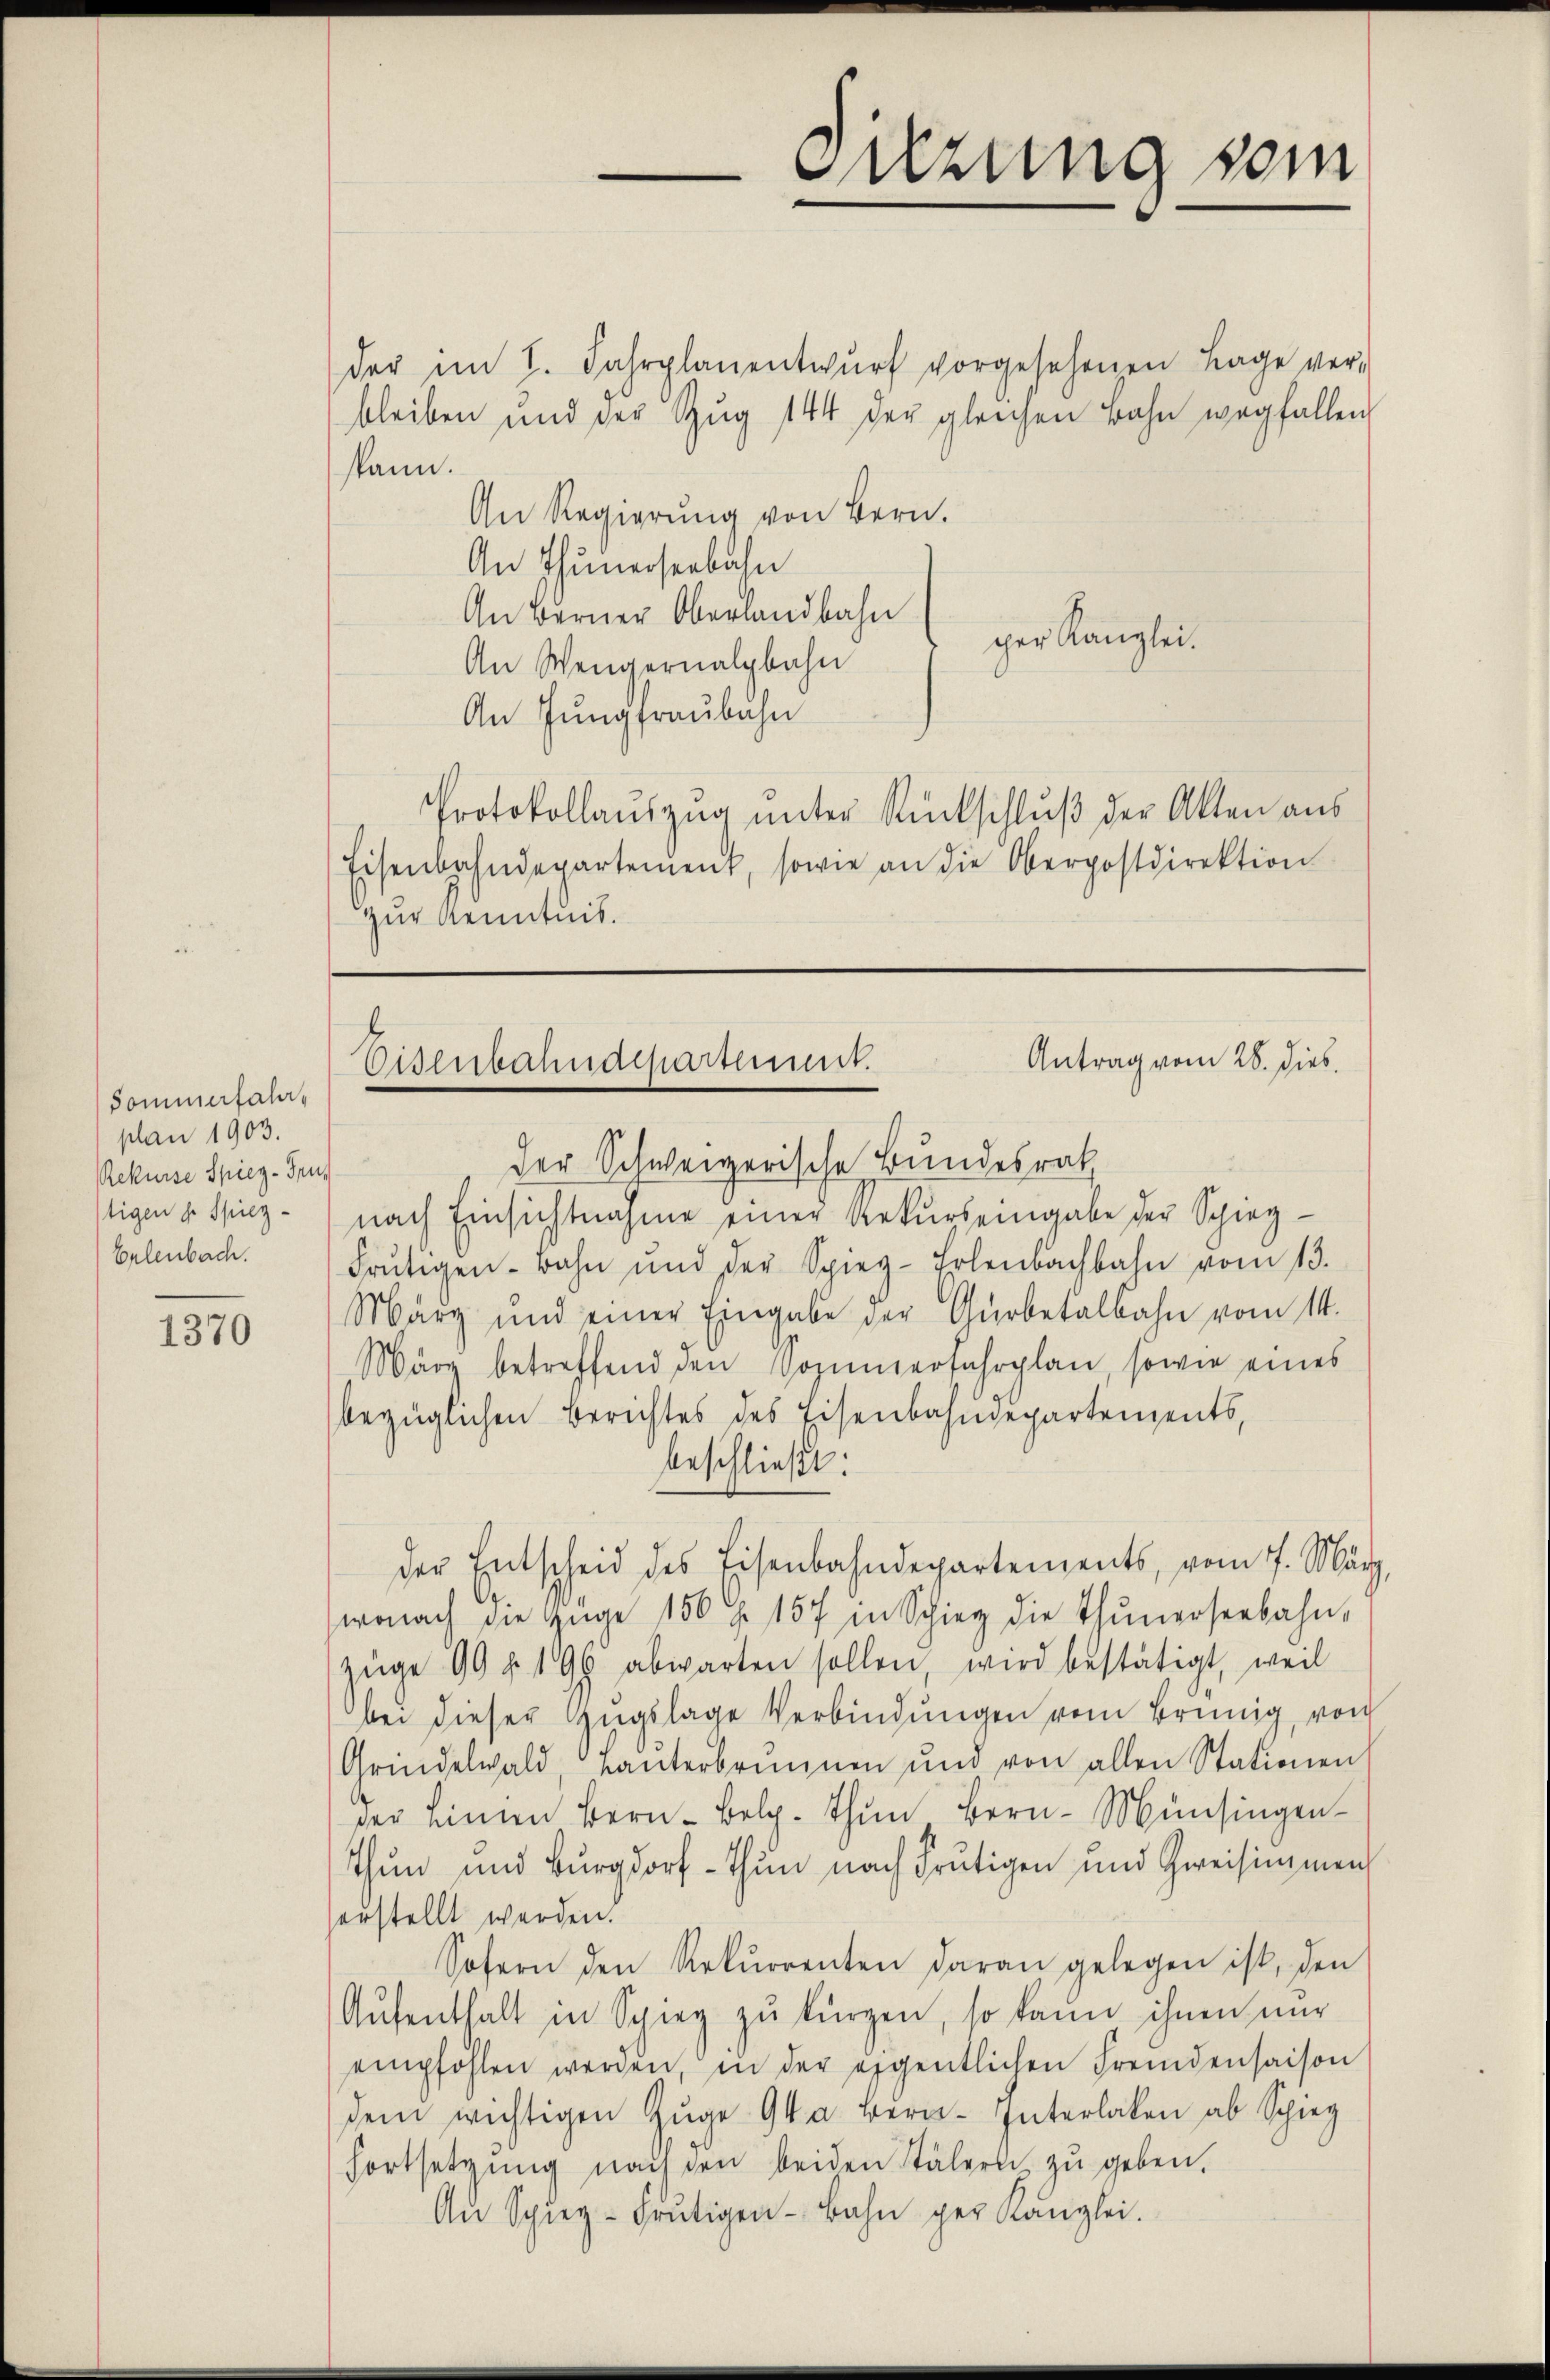
Sommerfahr,
plan 1903.
Rekurse Spiez. Feu
stigen d. Spiez-
Erlenbach.

1370

der im 1. Jahrplanentwŭrf vorgesehenen Lage ver-
bleiben und der Zŭg 144 der gleichen Bahn wegfallen
kann.
An Regierung von Bern.
An Thunerseebahn
An Berner Oberlandbahn
cher Kanzlei.
An Wengernalbahn
An Jungfraubahn
Protokollaŭszŭg ŭnter Rückschlŭβ der Akten aŭs
Eisenbahndepartement, sowie an die Oberpostdirektion
zur Kenntnis.

Der Schweizerische Bundesrat
nach Einsichtnahme einer Rekŭrseingabe der Spieg-
Frŭtigen-Bahn und der Spieg-Erlenbachbahn vom 13.
März und einer Eingabe der Gürbetalbahn vom 14.
März betreffend den Sozimerfahrplan sowie eines
bezüglichen Berichtes des Eisenbahngepartements,
beschließt:
der Entscheid des Eisenbahndepartements, vom 7. März,
wonach die Züge 150 f 157 in Schier die thŭnerseebahn,
züge 99 f. 196 abwarten sollen, wird bestätigt, weil
bei dieser Zugslage Verbindungen vom Brünig, von
Grindelwald, Lanterbrunnen und von allen Stationen
der einen Bern Bolg. Thun Bern Münsingen¬
Thun und Burgdorf - Thun nach Frutigen und Zweisimmen
erstellt werden.
Sofern den Rekurrenten daran gelegen ist, den
Aŭfenthalt in Spieg zŭ kürzen, so kann ihnen nur
empfohlen werden, in der eigentlichen Fremdensaison
dem wichtigen Zŭge 9ta Bern. Interlaken ab Schieg
Fortsetzŭng nach den beiden Stälern zŭ geben.
An Spieg-Frŭtigen Bahn per Kanzlei.

ezung vom

Antrag vom 28. dies
Eisenbahndepartement.